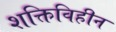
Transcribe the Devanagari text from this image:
शक्तिविहीन